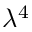
\lambda ^ { 4 }